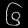
Digit: ၆